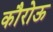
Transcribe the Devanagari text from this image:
कौरोऊ